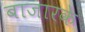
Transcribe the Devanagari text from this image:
बाजारके